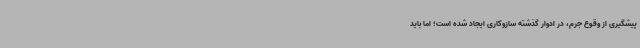
پیشگیری از وقوع جرم، در ادوار گذشته سازوکاری ایجاد شده است؛ اما باید